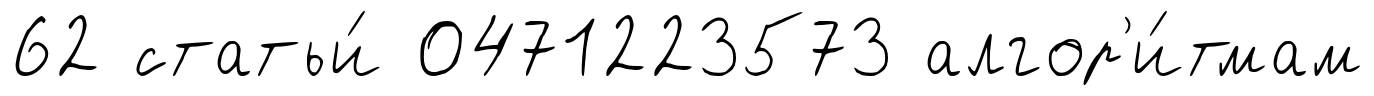
62 статьи́ 0471223573 алгор'и́тмам